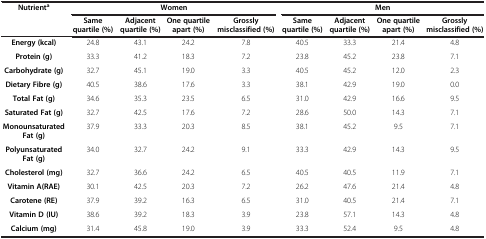
<table><thead><tr><td><b>Nutrient<sup>a</sup></b></td><td colspan="4"><b>Women</b></td><td colspan="4"><b>Men</b></td></tr><tr><td><b> </b></td><td><b>Same quartile (%)</b></td><td><b>Adjacent quartile (%)</b></td><td><b>One quartile apart (%)</b></td><td><b>Grossly misclassified (%)</b></td><td><b>Same quartile (%)</b></td><td><b>Adjacent quartile (%)</b></td><td><b>One quartile apart (%)</b></td><td><b>Grossly misclassified (%)</b></td></tr></thead><tbody><tr><td><b>Energy (kcal)</b></td><td>24.8</td><td>43.1</td><td>24.2</td><td>7.8</td><td>40.5</td><td>33.3</td><td>21.4</td><td>4.8</td></tr><tr><td><b>Protein (g)</b></td><td>33.3</td><td>41.2</td><td>18.3</td><td>7.2</td><td>23.8</td><td>45.2</td><td>23.8</td><td>7.1</td></tr><tr><td><b>Carbohydrate (g)</b></td><td>32.7</td><td>45.1</td><td>19.0</td><td>3.3</td><td>40.5</td><td>45.2</td><td>12.0</td><td>2.3</td></tr><tr><td><b>Dietary Fibre (g)</b></td><td>40.5</td><td>38.6</td><td>17.6</td><td>3.3</td><td>38.1</td><td>42.9</td><td>19.0</td><td>0.0</td></tr><tr><td><b>Total Fat (g)</b></td><td>34.6</td><td>35.3</td><td>23.5</td><td>6.5</td><td>31.0</td><td>42.9</td><td>16.6</td><td>9.5</td></tr><tr><td><b>Saturated Fat (g)</b></td><td>32.7</td><td>42.5</td><td>17.6</td><td>7.2</td><td>28.6</td><td>50.0</td><td>14.3</td><td>7.1</td></tr><tr><td><b>Monounsaturated Fat (g)</b></td><td>37.9</td><td>33.3</td><td>20.3</td><td>8.5</td><td>38.1</td><td>45.2</td><td>9.5</td><td>7.1</td></tr><tr><td><b>Polyunsaturated Fat (g)</b></td><td>34.0</td><td>32.7</td><td>24.2</td><td>9.1</td><td>33.3</td><td>42.9</td><td>14.3</td><td>9.5</td></tr><tr><td><b>Cholesterol (mg)</b></td><td>32.7</td><td>36.6</td><td>24.2</td><td>6.5</td><td>40.5</td><td>40.5</td><td>11.9</td><td>7.1</td></tr><tr><td><b>Vitamin A(RAE)</b></td><td>30.1</td><td>42.5</td><td>20.3</td><td>7.2</td><td>26.2</td><td>47.6</td><td>21.4</td><td>4.8</td></tr><tr><td><b>Carotene (RE)</b></td><td>37.9</td><td>39.2</td><td>16.3</td><td>6.5</td><td>31.0</td><td>40.5</td><td>21.4</td><td>7.1</td></tr><tr><td><b>Vitamin D (IU)</b></td><td>38.6</td><td>39.2</td><td>18.3</td><td>3.9</td><td>23.8</td><td>57.1</td><td>14.3</td><td>4.8</td></tr><tr><td><b>Calcium (mg)</b></td><td>31.4</td><td>45.8</td><td>19.0</td><td>3.9</td><td>33.3</td><td>52.4</td><td>9.5</td><td>4.8</td></tr></tbody></table>